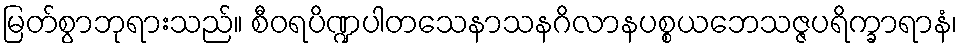
မြတ်စွာဘုရားသည်။ စီဝရပိဏ္ဍပါတသေနာသနဂိလာနပစ္စယဘေသဇ္ဇပရိက္ခာရာနံ၊